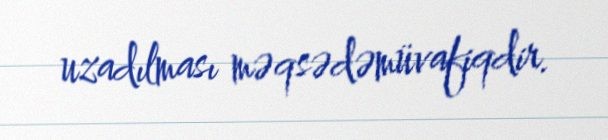
uzadılması məqsədəmüvafiqdir.